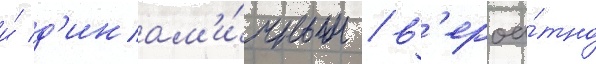
и́ д'инам'и́чным / в'ероа́тно